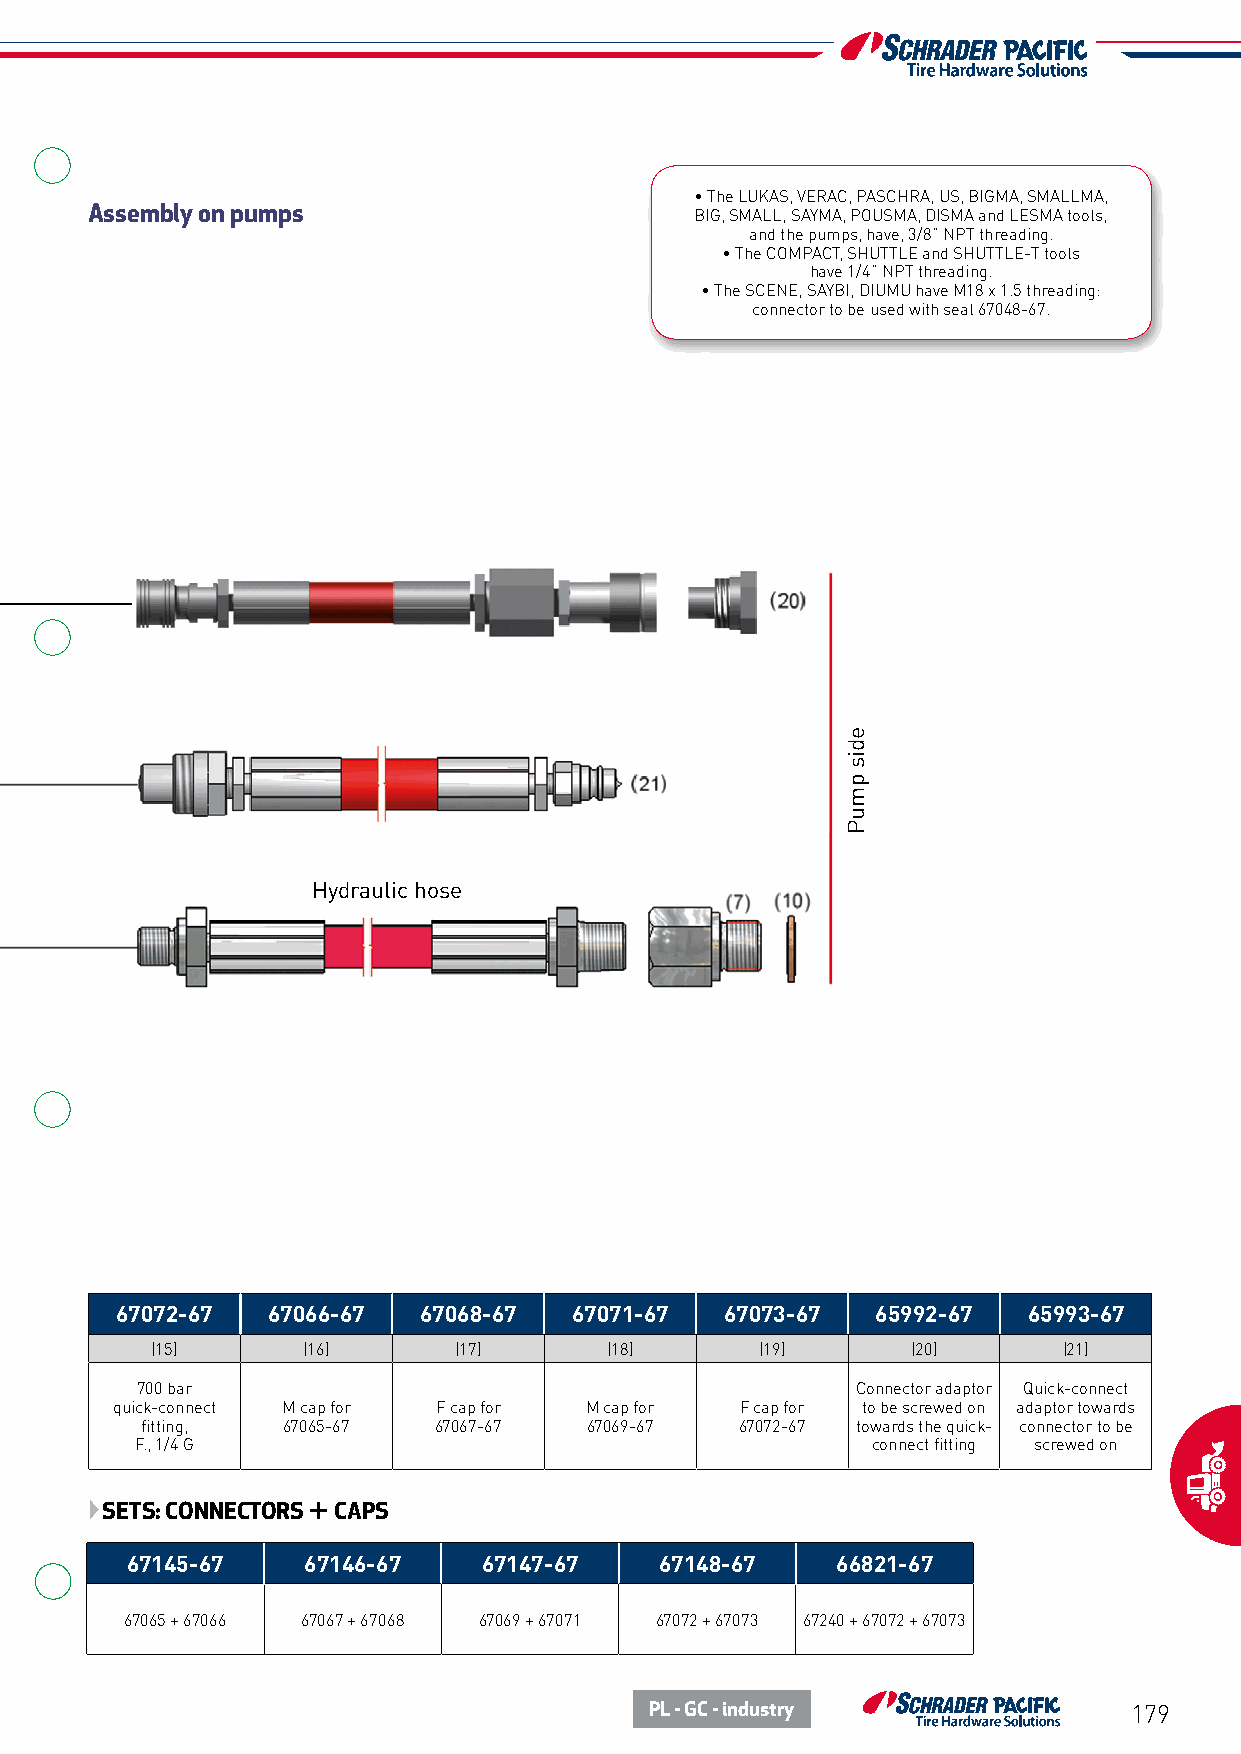
• The LUKAS, VERAC, PASCHRA, US, BIGMA, SMALLMA,
 Assembly on pumps                       BIG, SMALL, SAYMA, POUSMA, DISMA and LESMA tools,
 and the pumps, have, 3/8” NPT threading.
 • The COMPACT, SHUTTLE and SHUTTLE-T tools
 have 1/4” NPT threading.
 • The SCENE, SAYBI, DIUMU have M18 x 1.5 threading:
 connector to be used with seal 67048-67.
 Hydraulic hose
 67072-67  67066-67  67068-67  67071-67  67073-67  65992-67  65993-67
 (15)      (16)      (17)      (18)      (19)      (20)      (21)
 700 bar                                         Connector adaptor Quick-connect
 quick-connect M cap for F cap for M cap for F cap for to be screwed on adaptor towards
 fitting,  67065-67  67067-67  67069-67  67072-67 towards the quick- connector to be
 F., 1/4 G                                        connect fitting screwed on
 SETS: CONNECTORS + CAPS
 67145-67    67146-67    67147-67    67148-67   66821-67
 67065 + 67066 67067 + 67068 67069 + 67071 67072 + 67073 67240 + 67072 + 67073
 PL - GC - industry              179
 edis
 pmuP